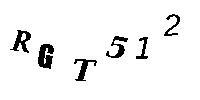
RGT512